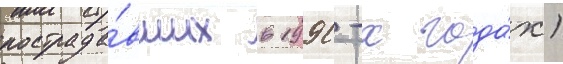
пострада́вших в 1990-х года́х)